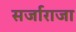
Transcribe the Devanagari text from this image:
सर्जाराजा